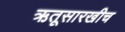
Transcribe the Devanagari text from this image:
ऋतूसारखीच